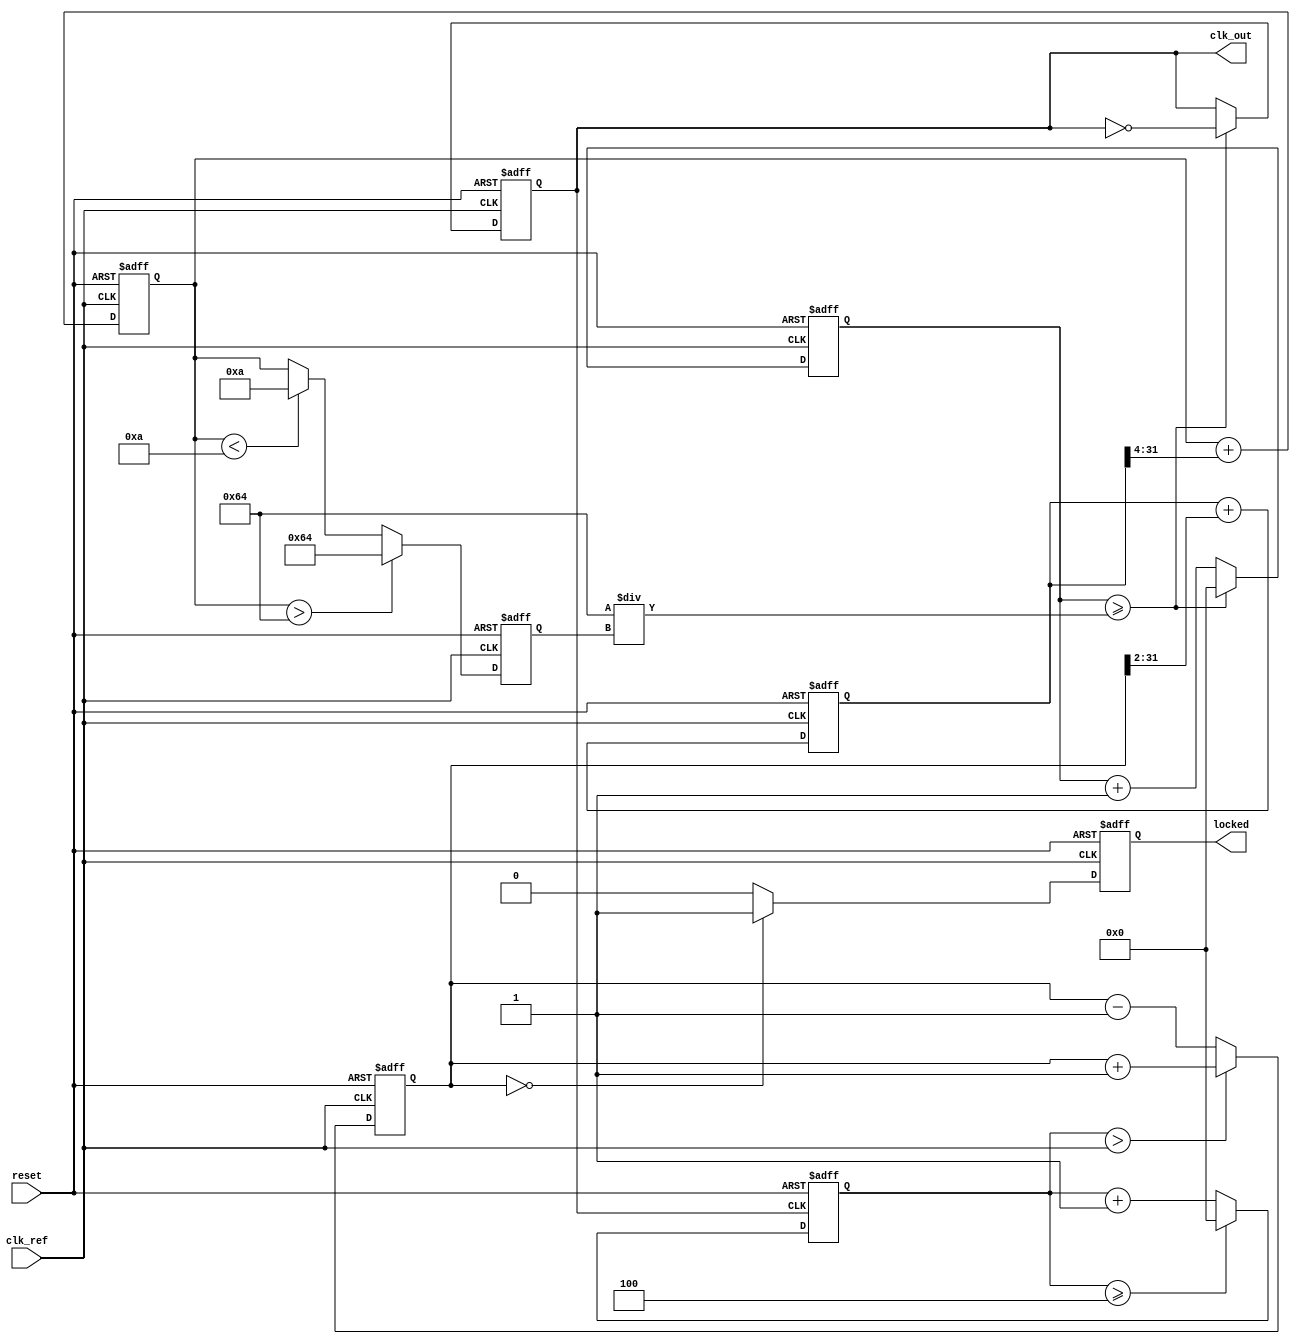
module dual_loop_pll (
    input wire clk_ref,          // Reference clock input
    input wire reset,            // Asynchronous reset
    output reg clk_out,          // Output clock
    output reg locked            // Lock status
);

    // Parameters
    parameter integer DIV_RATIO = 4; // Feedback divider ratio
    parameter integer VCO_MAX_FREQ = 100; // Max VCO frequency (arbitrary units)
    parameter integer VCO_MIN_FREQ = 10;  // Min VCO frequency (arbitrary units)
    
    // Internal signals
    reg [31:0] vco_freq;          // VCO frequency control
    reg [31:0] phase_error;       // Phase error signal
    reg [31:0] inner_loop_output; // Inner loop filter output
    reg [31:0] outer_loop_output; // Outer loop filter output
    reg [31:0] feedback;          // Feedback signal
    reg [31:0] count;             // Counter for VCO output generation

    // Phase Detector (PD)
    always @(posedge clk_ref or posedge reset) begin
        if (reset) begin
            phase_error <= 0;
        end else begin
            // Simple phase error detection logic (to be refined)
            if (feedback > clk_ref) begin
                phase_error <= phase_error + 1; // VCO is leading
            end else begin
                phase_error <= phase_error - 1; // VCO is lagging
            end
        end
    end

    // Inner Loop Filter (LF)
    always @(posedge clk_ref or posedge reset) begin
        if (reset) begin
            inner_loop_output <= 0;
        end else begin
            // Simple first-order filter (to be refined)
            inner_loop_output <= inner_loop_output + (phase_error >> 2); // Low-pass filter
        end
    end

    // Outer Loop Filter (LF)
    always @(posedge clk_ref or posedge reset) begin
        if (reset) begin
            outer_loop_output <= 0;
        end else begin
            // Simple first-order filter (to be refined)
            outer_loop_output <= outer_loop_output + (inner_loop_output >> 4); // Low-pass filter
        end
    end

    // Voltage-Controlled Oscillator (VCO)
    always @(posedge clk_ref or posedge reset) begin
        if (reset) begin
            vco_freq <= VCO_MIN_FREQ;
            count <= 0;
            clk_out <= 0;
            locked <= 0;
        end else begin
            // Control VCO frequency based on outer loop output
            vco_freq <= outer_loop_output > VCO_MAX_FREQ ? VCO_MAX_FREQ :
                        (outer_loop_output < VCO_MIN_FREQ ? VCO_MIN_FREQ : outer_loop_output);
            
            // Generate output clock based on VCO frequency
            count <= count + 1;
            if (count >= (100 / vco_freq)) begin // Adjust the divisor for frequency scaling
                clk_out <= ~clk_out;
                count <= 0;
            end
            
            // Check lock status (simple check)
            if (phase_error == 0) begin
                locked <= 1;
            end else begin
                locked <= 0;
            end
        end
    end

    // Feedback Divider
    always @(posedge clk_out or posedge reset) begin
        if (reset) begin
            feedback <= 0;
        end else begin
            feedback <= feedback + 1;
            if (feedback >= DIV_RATIO) begin
                feedback <= 0; // Reset feedback counter
            end
        end
    end

endmodule